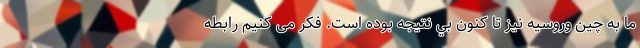
ما به چين وروسيه نيز تا كنون بي نتيجه بوده است. فکر می کنیم رابطه